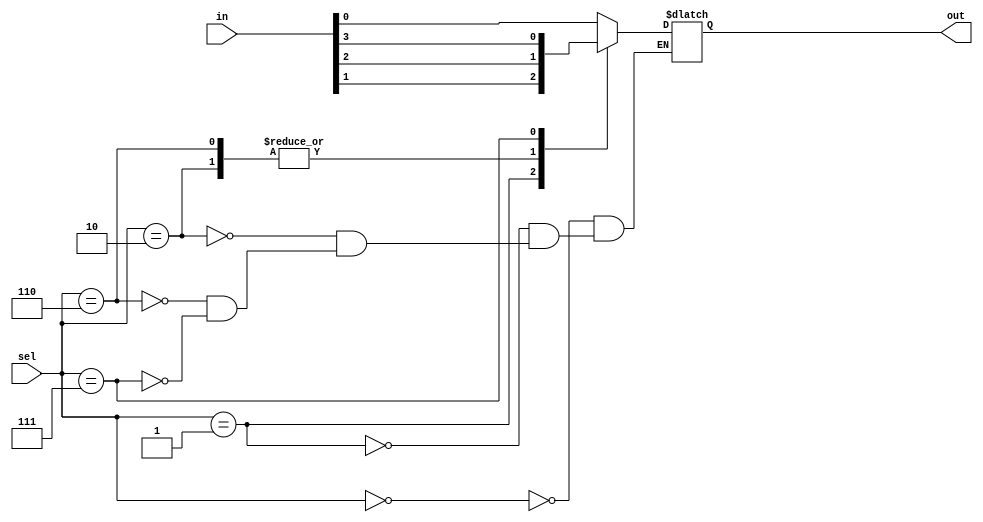
/*
* Kevin Ngo and Jacques Uber
* (4 bit) mux
*/

module mux(in, sel, out);
    input [3:0] in;
    input [2:0] sel;
    output out;
    reg out;

    always @(in or sel)
    begin
        case (sel)
            3'b000: out = in[0];
            3'b001: out = in[1];
            3'b010: out = in[2];
            3'b110: out = in[2];
            3'b111: out = in[3];
        endcase
    end
endmodule